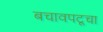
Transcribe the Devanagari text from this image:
बचावपटूचा